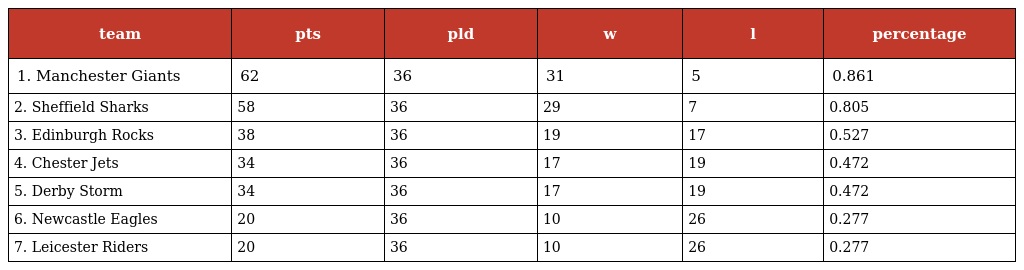
| team | pts | pld | w | l | percentage |
 | --- | --- | --- | --- | --- | --- |
 | 1. Manchester Giants | 62 | 36 | 31 | 5 | 0.861 |
 | 2. Sheffield Sharks | 58 | 36 | 29 | 7 | 0.805 |
 | 3. Edinburgh Rocks | 38 | 36 | 19 | 17 | 0.527 |
 | 4. Chester Jets | 34 | 36 | 17 | 19 | 0.472 |
 | 5. Derby Storm | 34 | 36 | 17 | 19 | 0.472 |
 | 6. Newcastle Eagles | 20 | 36 | 10 | 26 | 0.277 |
 | 7. Leicester Riders | 20 | 36 | 10 | 26 | 0.277 |